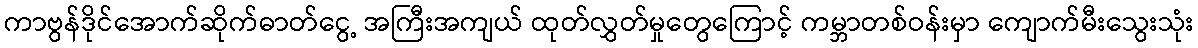
ကာဗွန်ဒိုင်အောက်ဆိုက်ဓာတ်ငွေ့ အကြီးအကျယ် ထုတ်လွှတ်မှုတွေကြောင့် ကမ္ဘာတစ်ဝန်းမှာ ကျောက်မီးသွေးသုံး